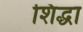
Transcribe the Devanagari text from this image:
शिद्धा